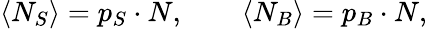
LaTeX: \left<N_{S}\right>=p_{S}\cdot N,\qquad\left<N_{B}\right>=p_{B}\cdot N,